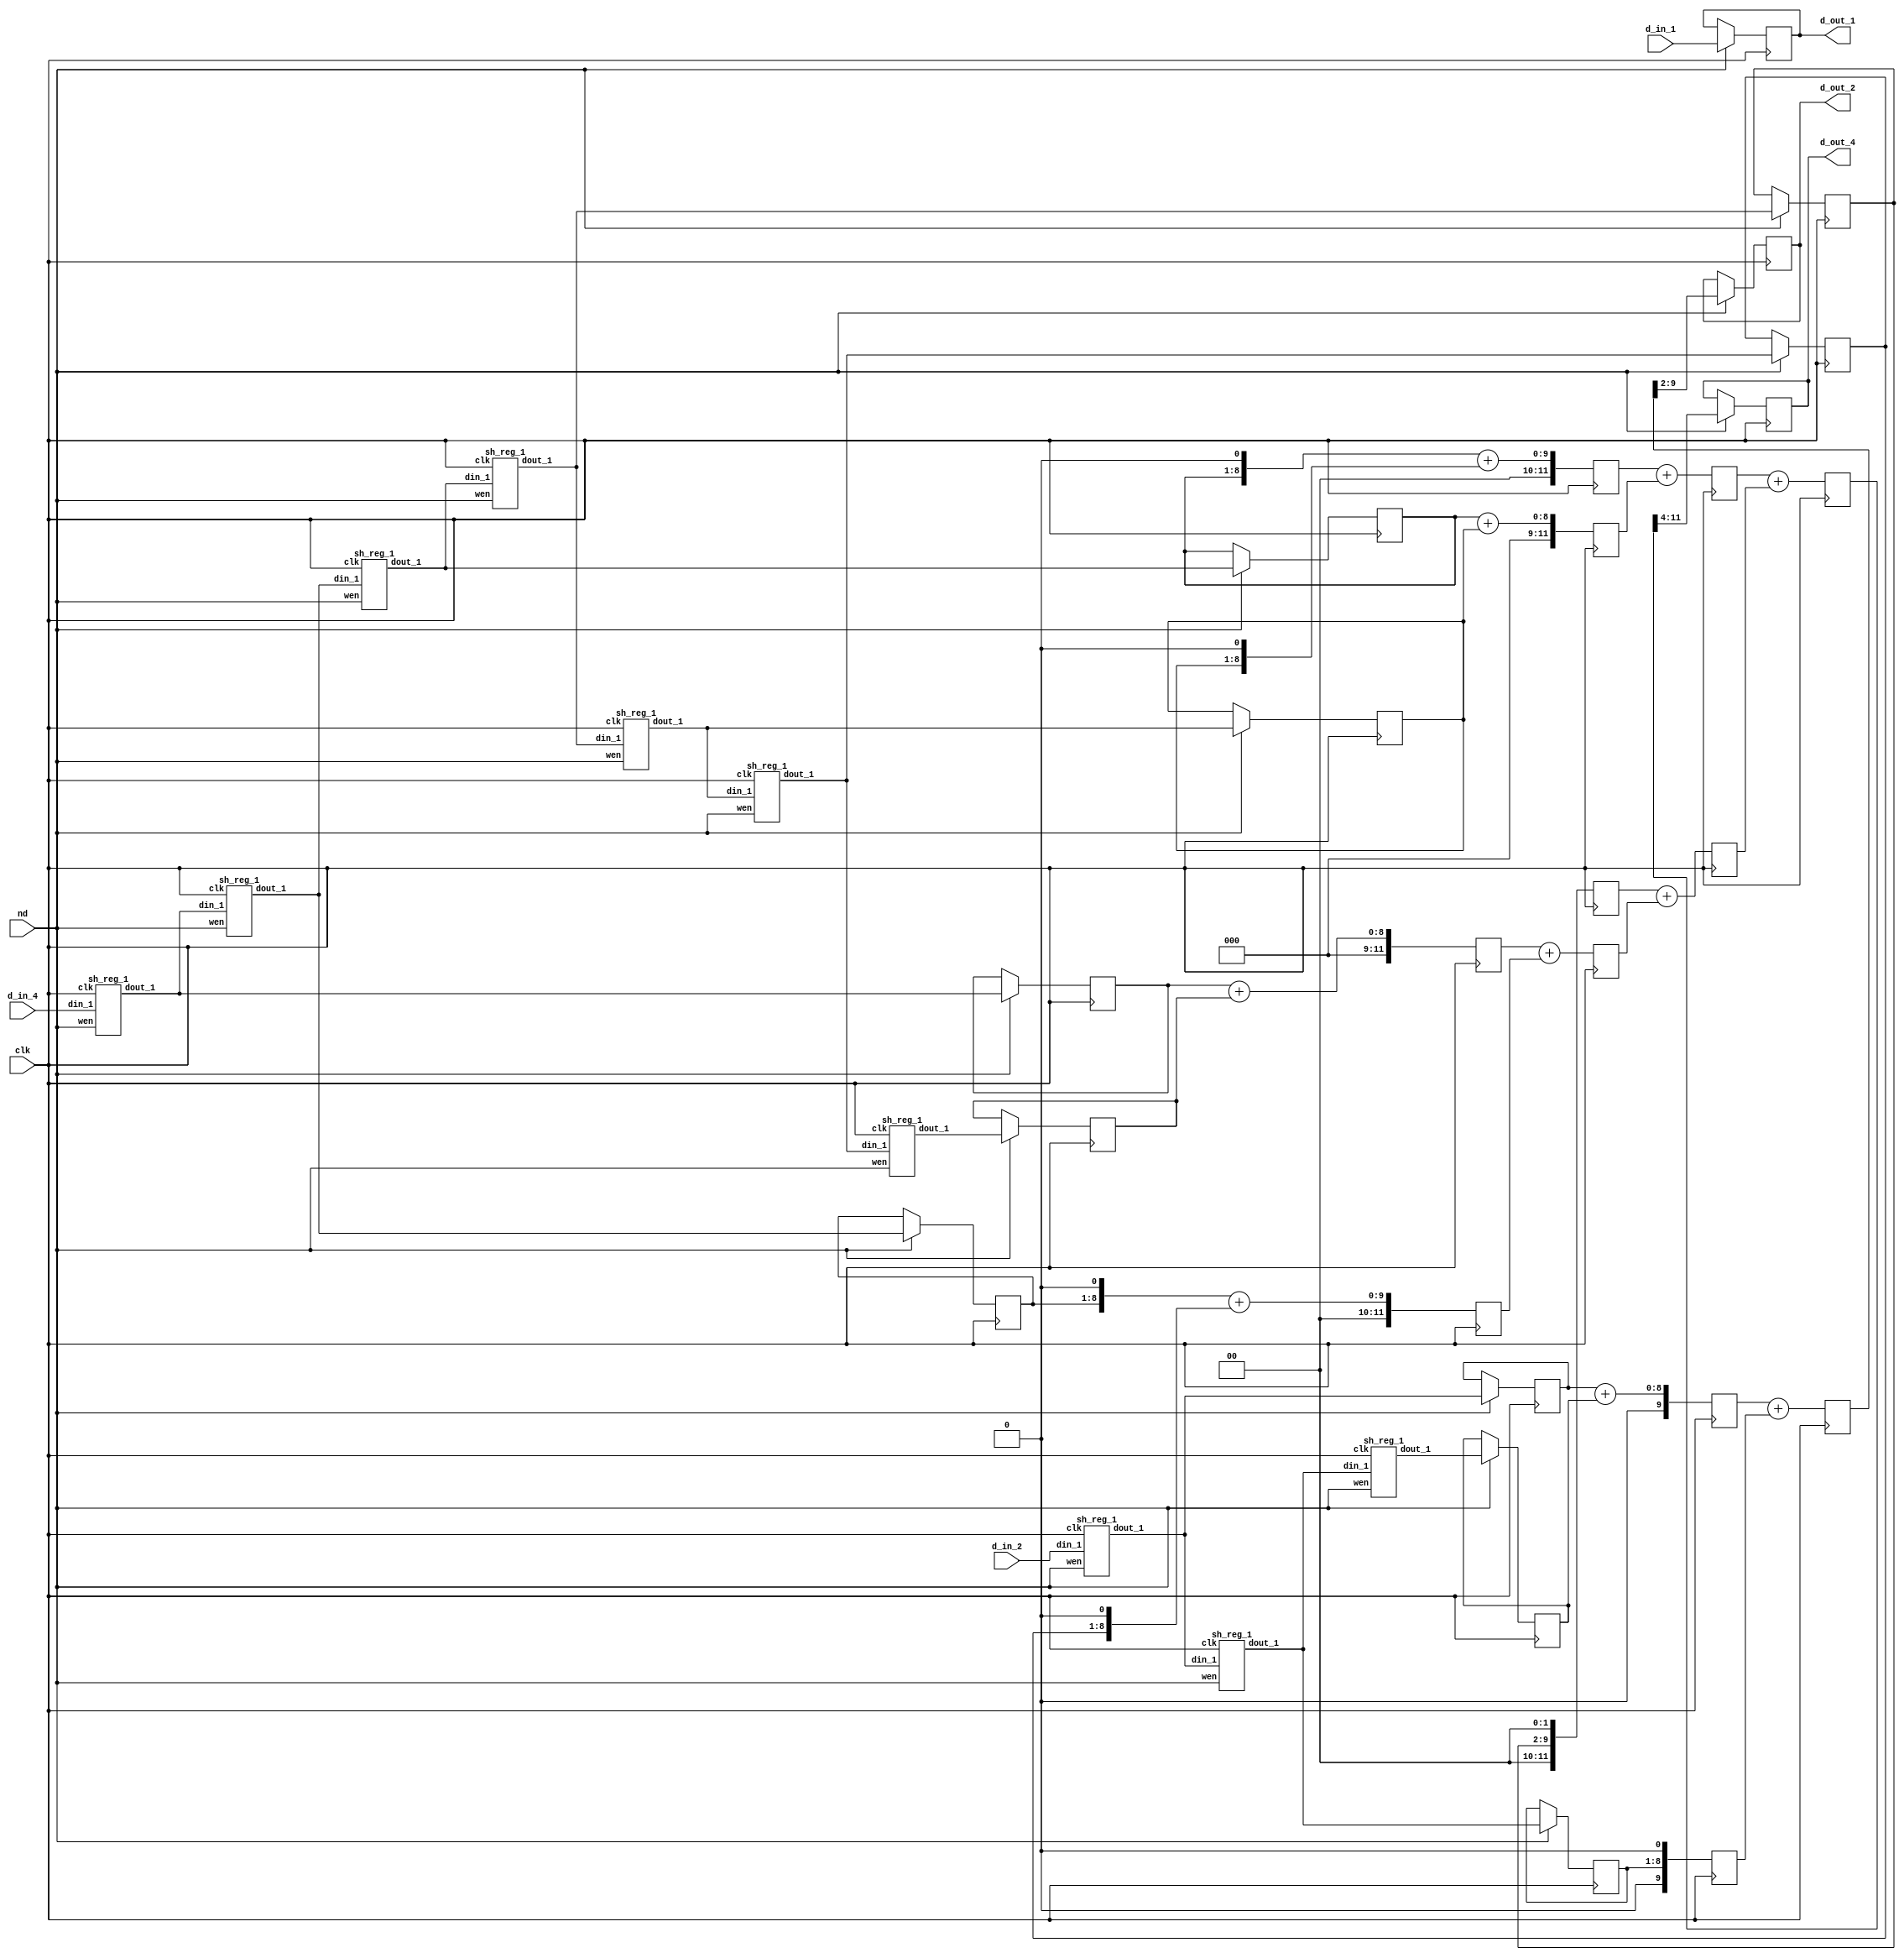

module scl_h_fltr (clk, nd, d_in_1, d_in_2, d_in_4, d_out_1, d_out_2, d_out_4);

   input clk; 
   input nd; 
   input[7:0] d_in_1; 
   input[7:0] d_in_2; 
   input[7:0] d_in_4; 
   output[7:0] d_out_1; 
   reg[7:0] d_out_1;
   output[7:0] d_out_2; 
   reg[7:0] d_out_2;
   output[7:0] d_out_4; 
   reg[7:0] d_out_4;

   wire[7:0] buff_out_20; 
   wire[7:0] buff_out_21; 
   wire[7:0] buff_out_22; 
   wire[7:0] buff_out_23; 
   reg[7:0] buff_out_reg_21; 
   reg[7:0] buff_out_reg_22; 
   reg[7:0] buff_out_reg_23; 
   wire[7:0] buff_out_40; 
   wire[7:0] buff_out_41; 
   wire[7:0] buff_out_42; 
   wire[7:0] buff_out_43; 
   wire[7:0] buff_out_44; 
   wire[7:0] buff_out_45; 
   wire[7:0] buff_out_46; 
   wire[7:0] buff_out_47; 
   reg[7:0] buff_out_reg_41; 
   reg[7:0] buff_out_reg_42; 
   reg[7:0] buff_out_reg_43; 
   reg[7:0] buff_out_reg_44; 
   reg[7:0] buff_out_reg_45; 
   reg[7:0] buff_out_reg_46; 
   reg[7:0] buff_out_reg_47; 
   reg[9:0] add_2_tmp_1; 
   reg[9:0] add_2_tmp_2; 
   reg[9:0] add_2_tmp; 
   reg[11:0] add_4_tmp_1; 
   reg[11:0] add_4_tmp_2; 
   reg[11:0] add_4_tmp_3; 
   reg[11:0] add_4_tmp_4; 
   reg[11:0] add_4_tmp_5; 
   reg[11:0] add_4_tmp_6; 
   reg[11:0] add_4_tmp_7; 
   reg[11:0] add_4_tmp_8; 
   reg[11:0] add_4_tmp; 

   assign buff_out_20 = d_in_2 ;
   assign buff_out_40 = d_in_4 ;

   sh_reg_1  ints_sh_reg_2_0(clk, nd, buff_out_20, buff_out_21); 
   sh_reg_1  ints_sh_reg_2_1(clk, nd, buff_out_21, buff_out_22); 
   sh_reg_1  ints_sh_reg_2_2(clk, nd, buff_out_22, buff_out_23); 
   sh_reg_1  ints_sh_reg_4_0(clk, nd, buff_out_40, buff_out_41); 
   sh_reg_1  ints_sh_reg_4_1(clk, nd, buff_out_41, buff_out_42); 
   sh_reg_1  ints_sh_reg_4_2(clk, nd, buff_out_42, buff_out_43); 
   sh_reg_1  ints_sh_reg_4_3(clk, nd, buff_out_43, buff_out_44); 
   sh_reg_1  ints_sh_reg_4_4(clk, nd, buff_out_44, buff_out_45); 
   sh_reg_1  ints_sh_reg_4_5(clk, nd, buff_out_45, buff_out_46); 
   sh_reg_1  ints_sh_reg_4_6(clk, nd, buff_out_46, buff_out_47); 

   always @(posedge clk)
   begin
         if (nd == 1'b1)
         begin
            buff_out_reg_41 <= buff_out_41 ; 
            buff_out_reg_42 <= buff_out_42 ; 
            buff_out_reg_43 <= buff_out_43 ; 
            buff_out_reg_44 <= buff_out_44 ; 
            buff_out_reg_45 <= buff_out_45 ; 
            buff_out_reg_46 <= buff_out_46 ; 
            buff_out_reg_47 <= buff_out_47 ; 
            buff_out_reg_21 <= buff_out_21 ; 
            buff_out_reg_22 <= buff_out_22 ; 
            buff_out_reg_23 <= buff_out_23 ; 
            d_out_1 <= d_in_1 ; 
            d_out_2 <= add_2_tmp[9:2] ; 
            d_out_4 <= add_4_tmp[11:4] ; 
         end 
         add_2_tmp_1 <= ({2'b00, buff_out_reg_21}) + ({2'b00, buff_out_reg_23}) ; 
         add_2_tmp_2 <= {1'b0, buff_out_reg_22, 1'b0} ; 
         add_2_tmp <= add_2_tmp_1 + add_2_tmp_2 ; 
         add_4_tmp_1 <= ({4'b0000, buff_out_reg_41}) + ({4'b0000, buff_out_reg_47}) ; 
         add_4_tmp_2 <= ({3'b000, buff_out_reg_42, 1'b0}) + ({3'b000, buff_out_reg_46, 1'b0}) ; 
         add_4_tmp_3 <= ({3'b000, buff_out_reg_43, 1'b0}) + ({3'b000, buff_out_reg_45, 1'b0}) ; 
         add_4_tmp_4 <= ({4'b0000, buff_out_reg_43}) + ({4'b0000, buff_out_reg_45}) ; 
         add_4_tmp_5 <= ({2'b00, buff_out_reg_44, 2'b00}) ; 
         add_4_tmp_6 <= add_4_tmp_1 + add_4_tmp_2 ; 
         add_4_tmp_7 <= add_4_tmp_3 + add_4_tmp_4 ; 
         add_4_tmp_8 <= add_4_tmp_5 + add_4_tmp_6 ; 
         add_4_tmp <= add_4_tmp_7 + add_4_tmp_8 ; 
   end 
endmodule
module sh_reg_1 (clk, wen, din_1, dout_1);

   input clk; 
   input wen; 
   input[8 - 1:0] din_1; 
   output[8 - 1:0] dout_1; 
   reg[8 - 1:0] dout_1;

   always @(posedge clk)
   begin
         if (wen == 1'b1)
         begin
            dout_1 <= din_1 ; 
         end 
   end 
endmodule